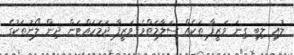
ލުއި ލިބި ގިނަ ވަޒީފާ ތަކެއް ސަލާމަތްވެ ވަޒީފާ ދަމަހައްޓަން ދިން ލޯނުތަކުގެ